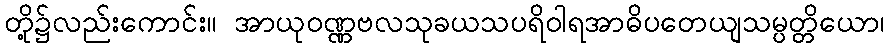
တို့၌လည်းကောင်း။ အာယုဝဏ္ဏဗလသုခယသပရိဝါရအာဓိပတေယျသမ္ပတ္တိယော၊